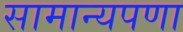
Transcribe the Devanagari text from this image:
सामान्यपणा